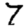
Digit: 7